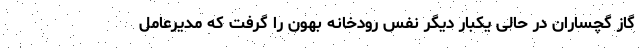
گاز گچساران در حالی یکبار دیگر نفس رودخانه بهون را گرفت که مدیرعامل